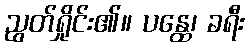
ညွတ်ရှိုင်း၏။ ပန္ထေ၊ ခရီး